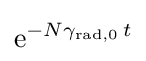
\mathrm {e} ^{-N\gamma _{\mathrm {rad} ,0}\,t}